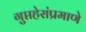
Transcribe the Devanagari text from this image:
गुप्तहेरांप्रमाणे